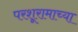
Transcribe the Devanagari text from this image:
परशूरामाच्या